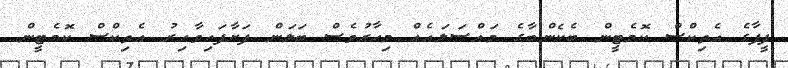
ފީފާގެ އެތިކްސް ކޮމެޓީން ބެކެންބާގެ މައްސަލައެއް މިހާރުވެސް ބަލަން ފަށާފައިވާއިރު އެތިކްސް ކޮމެޓީން